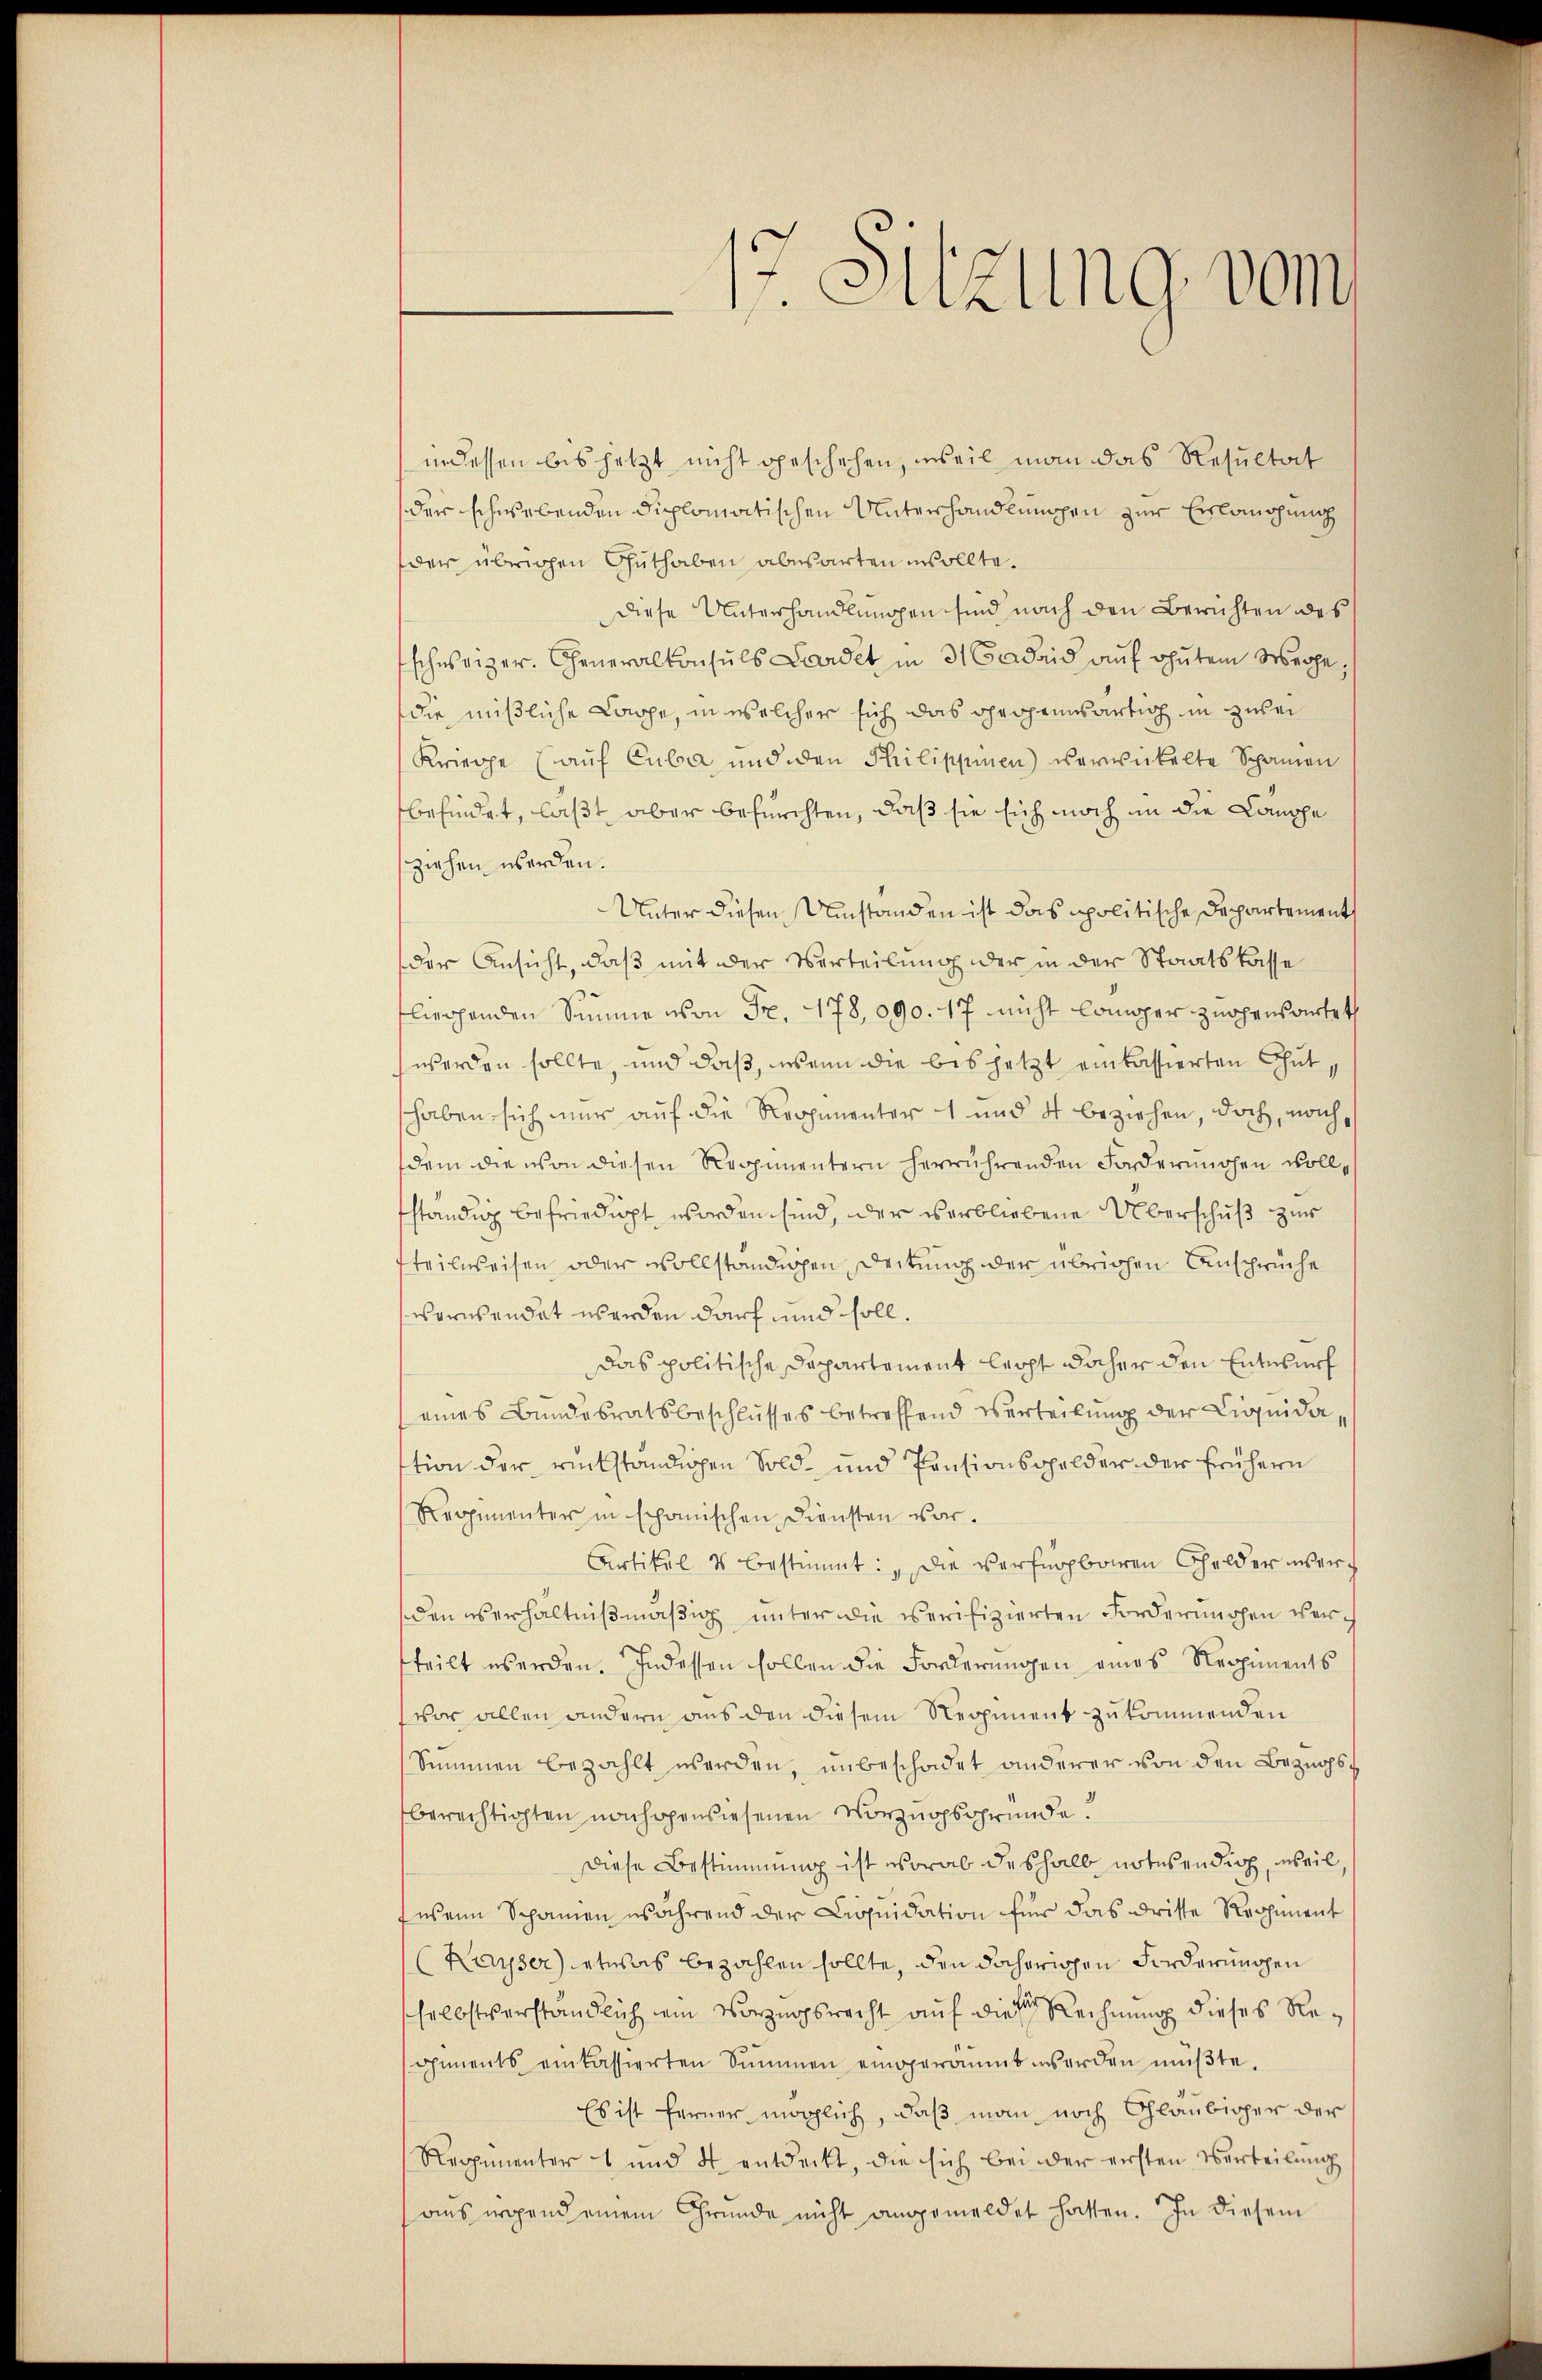
17. Sitzung vom

indessen bis jetzt nicht geschehen, weil man das Resultat
der schwebenden diplomatischen Unterhandlungen zur Erlangung
der übrigen Guthaben abwarten sollte.
diese Unterhandlungen sind nach den Berichten des
schweizer. Generalkonsuls Cadet in 3 Cadrid auf gutem Weihe,
die mißliche Lappe, in welcher sich das Ohrohrinärtig in zwei
Kriege (auf Cuba und den Philippinen) verwickelte Spanien
befindet, laßt, aber befürchten, daß sie sich noch in die Lamppe
ziehen werden.
Unter diesen Umstanden ist das politische Departement
der Ansicht, daß mit der Verteilung der in der Staatskasse
fliegenden Summe von Fr. 178, 090. 17 nicht lapper zürchenswertet
werden sollte, und daß, wenn die bis jetzt einkassierten Gutshaben sich nur auf die Regimenter 1 und 4 beziehen, doch, nach
dem die von diesen Regimentern herrührenden Forderungen wollfständig befriedigt worden sind, der verbliebene Überschuß zur
steilweisen oder vollständigen Deitung der übrigen Ansprüche
verwendet werden darf und soll.
das politische Departement legt daher den Entwurf
(eines Bundesratsbeschlusses betreffend eserteilung der Liquidation der rückständigen Sold- und Pensionsgelder der frühern
Regimenter in schanischen Diensten vor.
Artikul 4 bestimmt: „Die verfügbaren Gelder werden es erhältnißmäßig unter die verifizierten Forderungen versteilt werden. Indessen sollen die Forderungen eines Regiments
vor allen andern aus den diesem Regiment zukommenden
Simmen bezahlt werden, ŭnbeschadet anderer von den Bezugsberechtigten nachgewiesenen Vorzugsgründe?
Diese Bestimmung ist worab deshalb notusendig, weil,
wenn Schanen während der Liquidation für das driste Regiment
(Kayser) etwas bezahlen sollte, den daherigen Forderungen
selbstverständlich ein Vorzugsrecht auf dieser Rechnung dieses Regements einkassierten Summen eingeräumt werden müβte.
Es ist ferner möglich, daß man noch Gläubiger der
Regimenter 1 und 4 entdeckt, die sich bei der ersten Verteilung
aus irgend einem Gründe nicht angemeldet hatten. In diesem